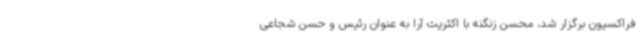
فراکسیون برگزار شد، محسن زنگنه با اکثریت آرا به عنوان رئیس و حسن شجاعی